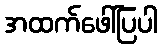
အထက်ဖေါ်ပြပါ